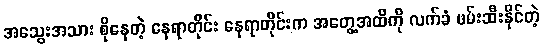
အသွေးအသား စိုနေတဲ့ နေရာတိုင်း နေရာတိုင်းက အတွေ့အထိကို လက်ခံ ဖမ်းဆီးနိုင်တဲ့